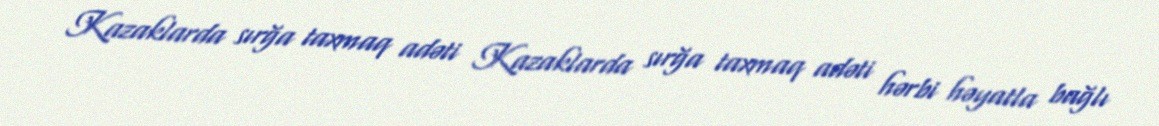
Kazaklarda sırğa taxmaq adəti Kazaklarda sırğa taxmaq adəti hərbi həyatla bağlı